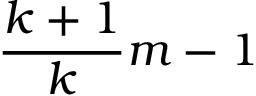
{ \frac { k + 1 } { k } } m - 1